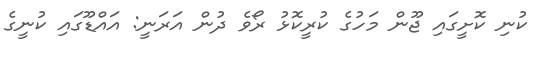
ކުނި ކޮށީގައި ޖޫން މަހުގެ ކުރީކޮޅު ރޯވެ ދުން އަރަނީ: އައްޑޫގައި ކުނީގެ